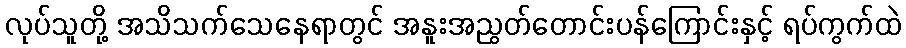
လုပ်သူတို့ အသိသက်သေနေရာတွင် အနူးအညွတ်တောင်းပန်ကြောင်းနှင့် ရပ်ကွက်ထဲ